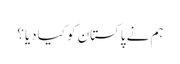
ہم نے پاکستان کو کیادیا؟